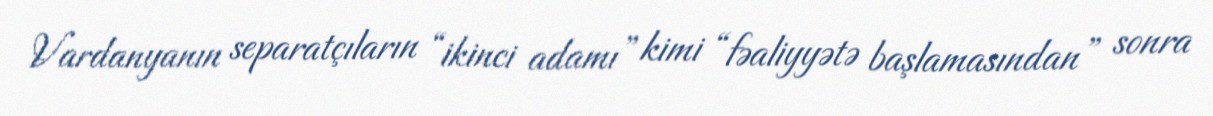
Vardanyanın separatçıların “ikinci adamı” kimi “fəaliyyətə başlamasından” sonra